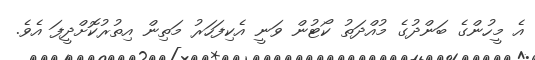
އެ މީހުންގެ ބަންދުގެ މުއްދަތު ކޯޓުން ވަނީ އެކިފަހަރު މަތިން އިތުރުކޮށްދީފަ އެވެ.